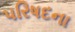
પરિષદના